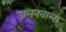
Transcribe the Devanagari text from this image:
जलनवाला